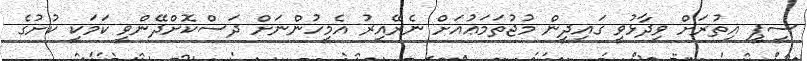
ސީޕީ އިތުރަށް ވިދާޅުވީ ގައިދީން މުޖުތަމަޢުއަށް ނެރޭއިރު އެމީހުންނަށް ދަސްކޮށްދޭންވީ ކަމަކީ ކުށުގެ